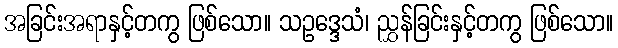
အခြင်းအရာနှင့်တကွ ဖြစ်သော။ သဥဒ္ဒေသံ၊ ညွှန်ခြင်းနှင့်တကွ ဖြစ်သော။